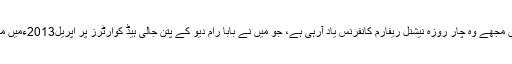
اس ضمن میں مجھے وہ چار روزہ نیشنل ریفارم کانفرنس یاد آرہی ہے، جو میں نے بابا رام دیو کے پتن جالی ہیڈ کوارٹرز پر اپریل2013ءمیں منعقد کی تھی۔